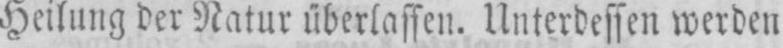
Heilung der Natur überlassen. Unterdessen werden